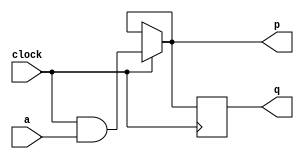
module top_module (
    input clock,
    input a,
    output p,
    output q );
	assign p = clock ? clock&a : p;
    always @ (negedge clock) begin
       q <= p; 
    end
endmodule